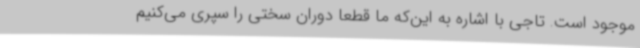
موجود است. تاجی با اشاره به این‌که ما قطعاً دوران سختی را سپری می‌کنیم